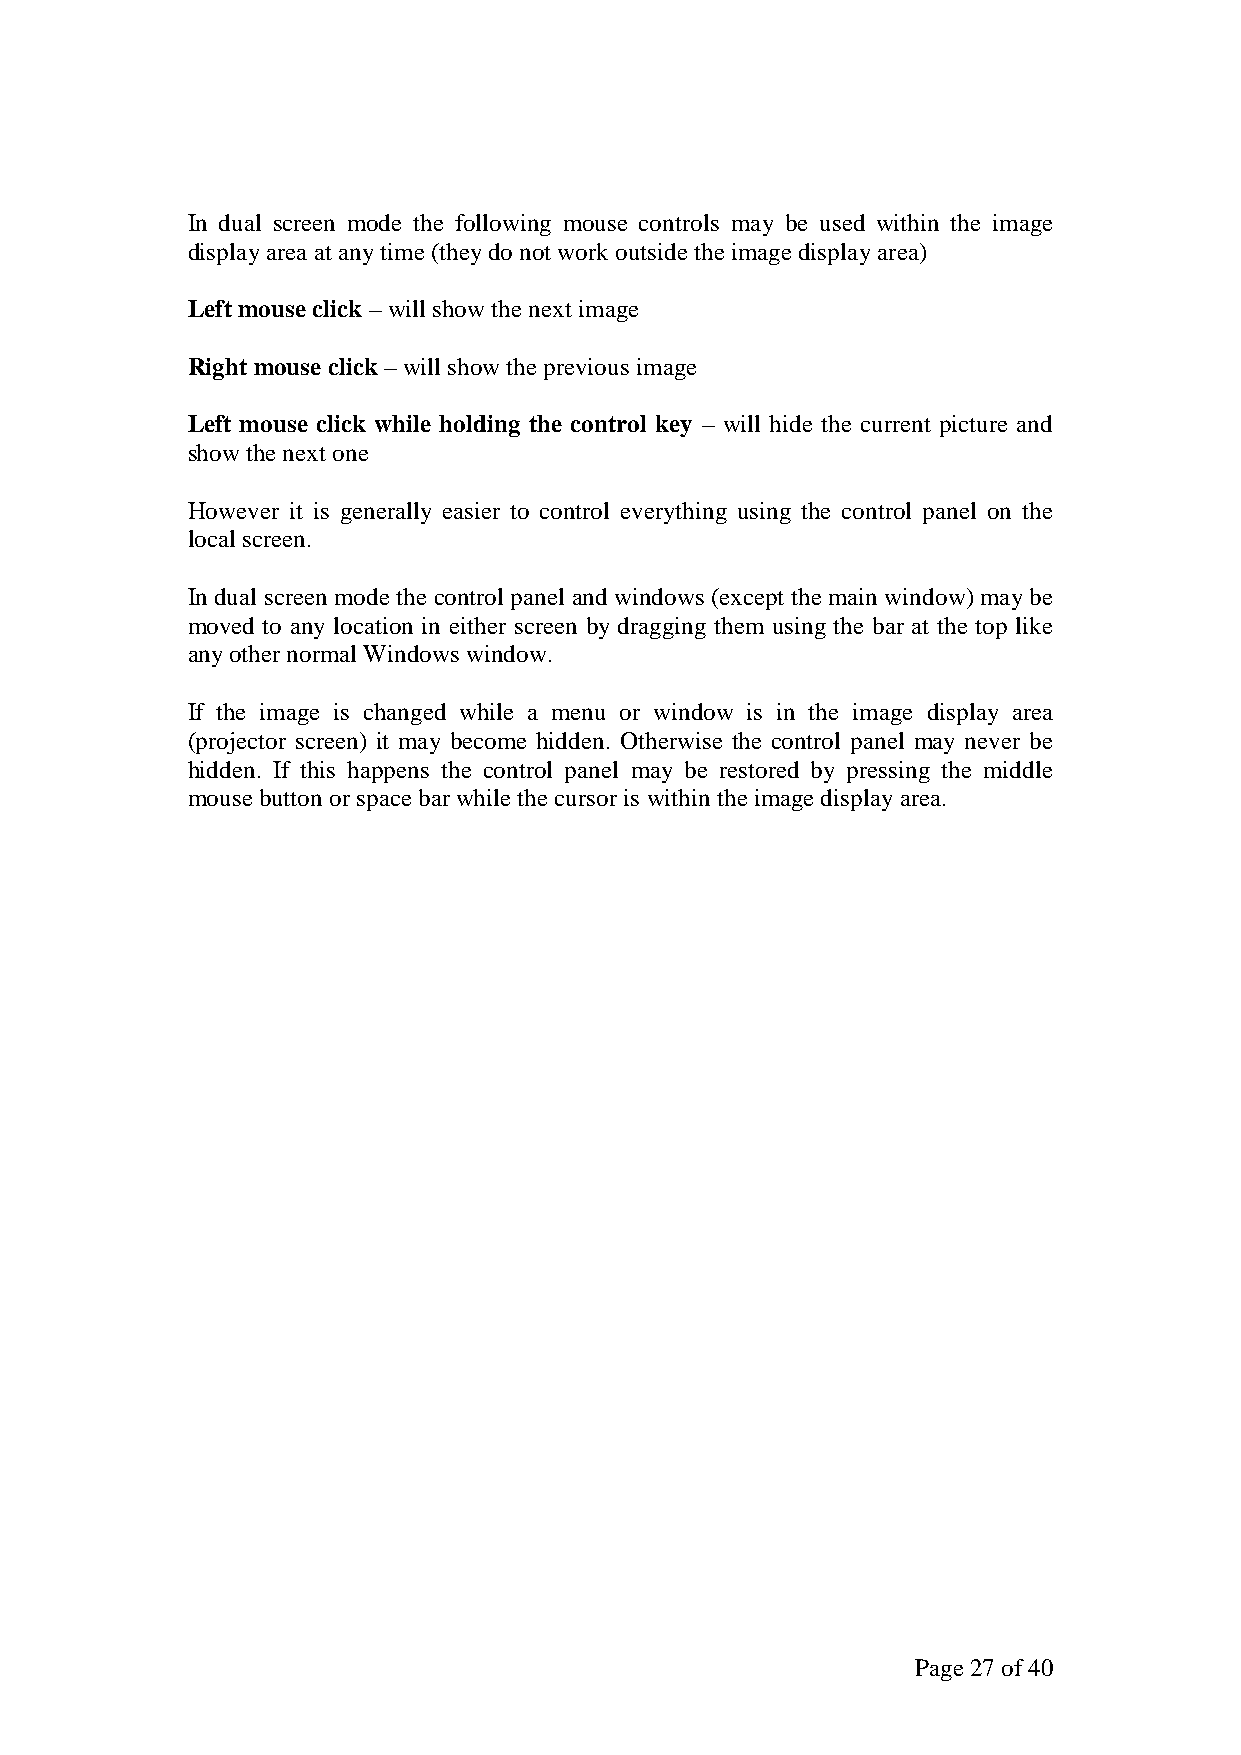
In dual screen mode the following mouse controls may be used within the image
 display area at any time (they do not work outside the image display area)
 Left mouse click – will show the next image
 Right mouse click – will show the previous image
 Left mouse click while holding the control key – will hide the current picture and
 show the next one
 However it is generally easier to control everything using the control panel on the
 local screen.
 In dual screen mode the control panel and windows (except the main window) may be
 moved to any location in either screen by dragging them using the bar at the top like
 any other normal Windows window.
 If the image is changed while a menu or window is in the image display area
 (projector screen) it may become hidden. Otherwise the control panel may never be
 hidden. If this happens the control panel may be restored by pressing the middle
 mouse button or space bar while the cursor is within the image display area.
 Page 27 of 40